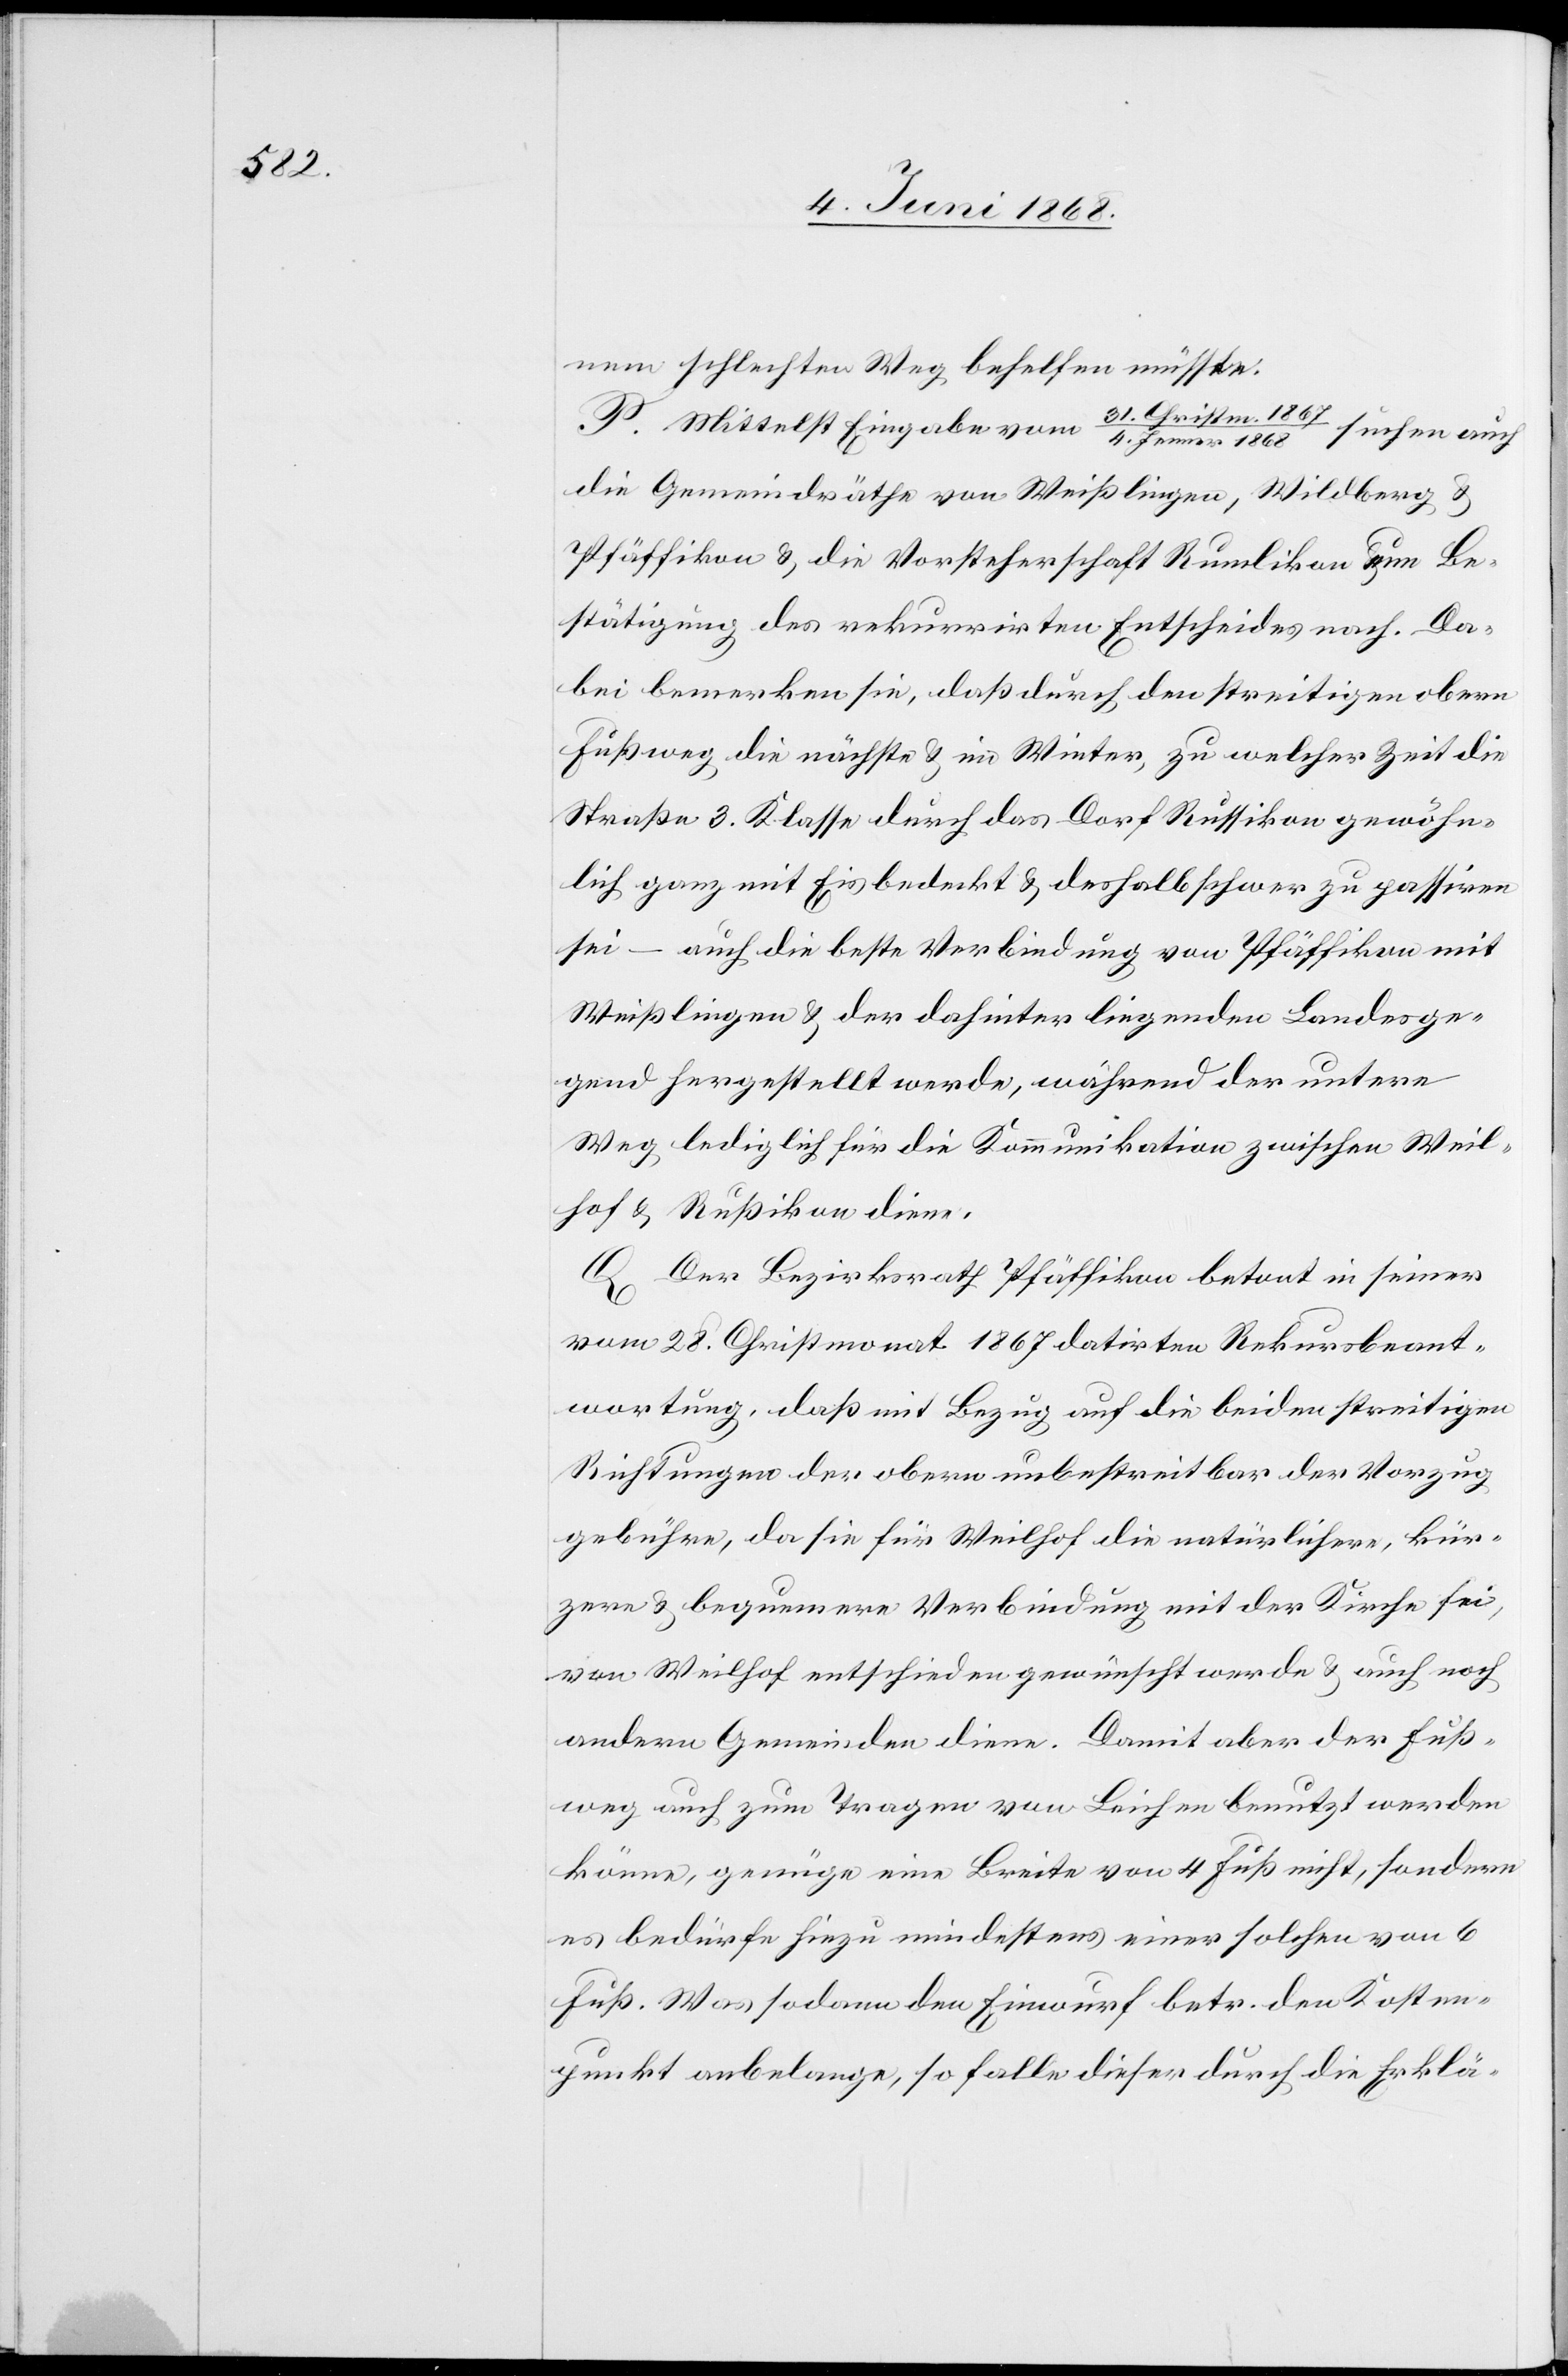
4. Jenner 1868
nem schlechten Weg behelfen müsste.
P. Mittelst Eingabe vom 31. Christm. 1867
/
die Gemeindräthe von Weißlingen, Wildberg &
Pfäffikon & die Vorsteherschaft Rumlikon um Be¬
stätigung des rekurrirten Entscheides nach. Da¬
bei bemerken sie, daß durch den streitigen obern
Fußweg die nächste & im Winter, zu welcher Zeit die
Straße 3. Klasse durch das Dorf Russikon gewöhn¬
lich ganz mit Eis bedeckt & deshalb schwer zu passiren
sei – auch die beste Verbindung von Pfäffikon mit
Weißlingen & der dahinter liegenden Landesge¬
gend hergestellt werde, während der untere
Weg lediglich für die Kommunikation zwischen Weil¬
hof & Rußikon diene.
Q Der Bezirksrath Pfäffikon betont in seiner
vom 28. Christmonat 1867 datirten Rekursbeant¬
wortung, daß mit Bezug auf die beiden streitigen
Richtungen der obern unbestreitbar der Vorzug
gebühre, da sie für Weilhof die natürlichere, kür¬
zere & bequemere Verbindung mit der Kirche sei,
von Weilhof entschieden gewünscht werde & auch noch
andern Gemeinden diene. Damit aber der Fuß¬
weg auch zum Tragen von Leichen benutzt werden
könne, genüge eine Breite von 4 Fuß nicht, sondern
es bedürfe hiezu mindestens einer solchen von 6
Fuß. Was sodann den Einwurf betr. den Kosten¬
punkt anbelange, so falle dieser durch die Erklä-